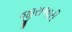
જીરાભારી